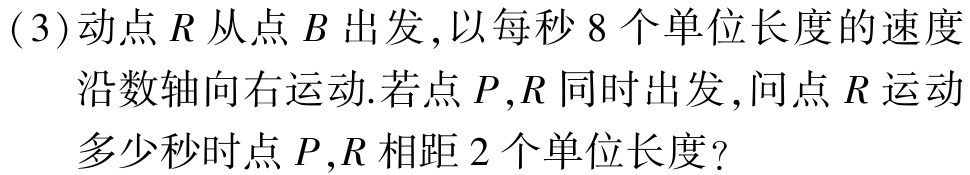
(3)动点\(R\)从点\(B\)出发,以每秒\(8\)个单位长度的速度

沿数轴向右运动.若点\(P,R\)同时出发,问点\(R\)运动

多少秒时点\(P,R\)相距\(2\)个单位长度?